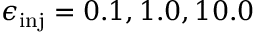
\epsilon _ { \mathrm { i n j } } = 0 . 1 , 1 . 0 , 1 0 . 0